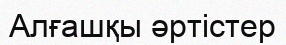
Алғашқы әртістер